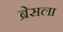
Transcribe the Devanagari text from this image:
ब्रेसला